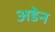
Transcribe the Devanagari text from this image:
अडेन